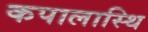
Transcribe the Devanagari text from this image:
कपालास्थि